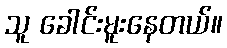
သူ ခေါင်းမူးနေတယ်။